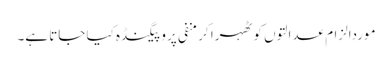
موردالزام عدالتوں کو ٹھہرا کر منفی پروپیگنڈہ کیا جاتا ہے۔